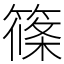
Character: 篠